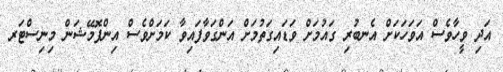
އަދި ވީހާވެސް އަވަހަކަށް އެނބުރި ގައުމަށް ވަޑައިގަތުމަށް އަންގަވާފައިވާ ކަމަށްވެސް އިންފޮމޭޝަން މިނިސްޓަރ